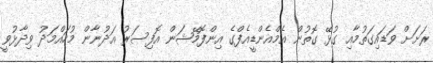
ރަށަށް ވަޑައިގަތުމާއި ގުޅޭ ގޮތުން އެމްއެންޑީއެފްގެ އިންފޮމޭޝަން އޮފިސަރު އަދުނާން މުހައްމަދު ވިދާޅުވީ